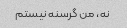
نه، من گرسنه نیستم